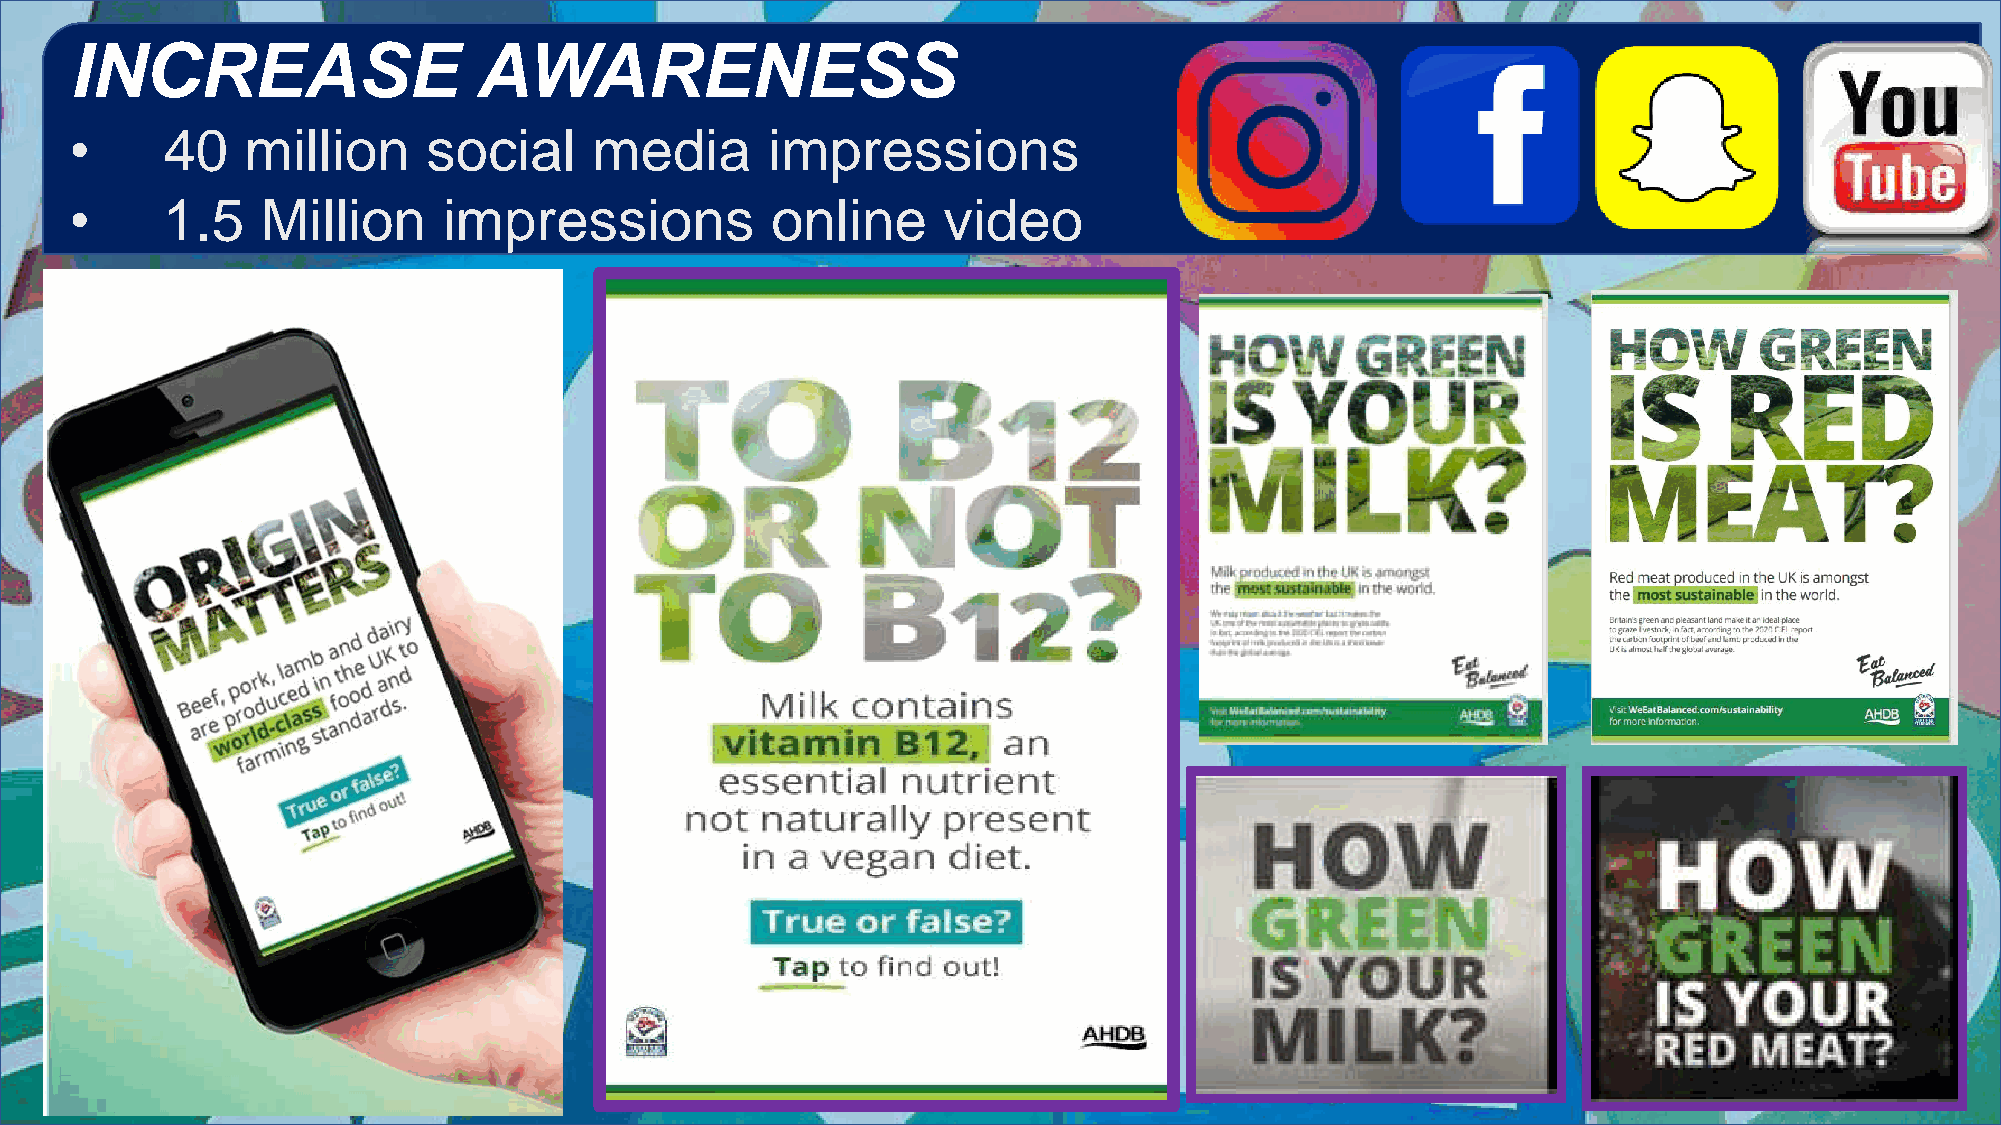
INCREASE                  AWARENESS
 •    G40U  mAilRlioDn  IsAocNial  media       impressions
 •     1.5   Million     impressions           online     video